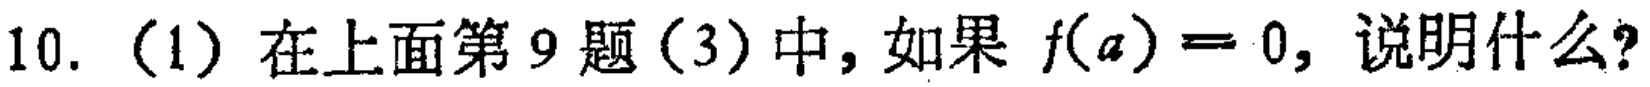
10. (1) 在上面第 9 题（3）中，如果 \(f(a)=0\)，说明什么？